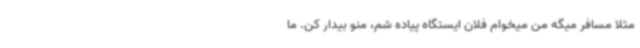
مثلا مسافر میگه من میخوام فلان ایستگاه پیاده شم، منو بیدار کن. ما